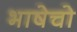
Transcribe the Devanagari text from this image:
भाषेचो